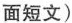
面短文)